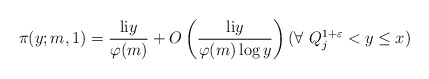
\begin{align*}\pi(y;m,1)=\frac{\mathrm{li}y}{\varphi(m)}+O\left(\frac{\mathrm{li}y}{\varphi(m)\log y}\right) (\forall ~Q_j^{1+\varepsilon}<y\le x)\end{align*}